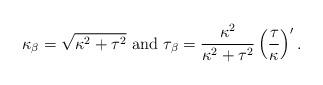
LaTeX: \begin{align*} \kappa_{\beta} = \sqrt{\kappa^2+\tau^2}\mbox{ and }\tau_{\beta}=\frac{\kappa^2}{\kappa^2+\tau^2}\left(\frac{\tau}{\kappa}\right)'.\end{align*}